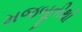
મજબૂતીથી